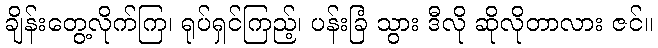
ချိန်းတွေ့လိုက်ကြ၊ ရုပ်ရှင်ကြည့်၊ ပန်းခြံ သွား ဒီလို ဆိုလိုတာလား ဇင်။